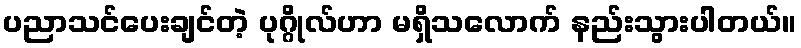
ပညာသင်ပေးချင်တဲ့ ပုဂ္ဂိုလ်ဟာ မရှိသလောက် နည်းသွားပါတယ်။